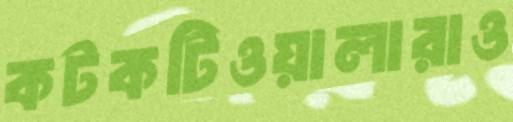
কটকটিওয়ালারাও